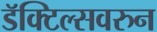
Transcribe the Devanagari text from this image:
डॅक्टिल्सवरुन